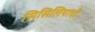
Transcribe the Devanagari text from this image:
सिसिलियाची